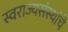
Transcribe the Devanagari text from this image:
स्वराज्यसंस्थांचे